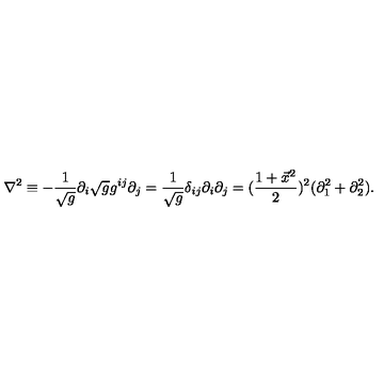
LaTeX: \nabla ^ { 2 } \equiv - { \frac { 1 } { \sqrt g } } \partial _ { i } \sqrt g g ^ { i j } \partial _ { j } = { \frac { 1 } { \sqrt g } } \delta _ { i j } \partial _ { i } \partial _ { j } = ( { \frac { 1 + \vec { x } ^ { 2 } } { 2 } } ) ^ { 2 } ( \partial _ { 1 } ^ { 2 } + \partial _ { 2 } ^ { 2 } ) .